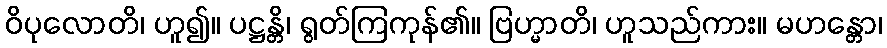
ဝိပုလောတိ၊ ဟူ၍။ ပဋ္ဌန္တိ၊ ရွတ်ကြကုန်၏။ ဗြဟ္မာတိ၊ ဟူသည်ကား။ မဟန္တော၊